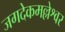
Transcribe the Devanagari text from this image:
जगदेकमल्लेश्वर